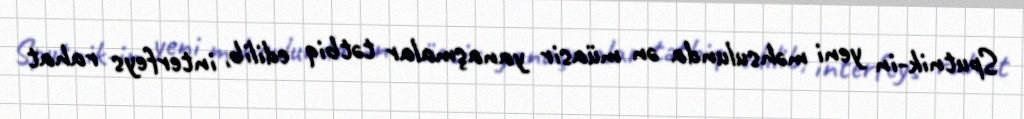
Sputnik-in yeni məhsulunda ən müasir yanaşmalar tətbiq edilib, interfeys rahat